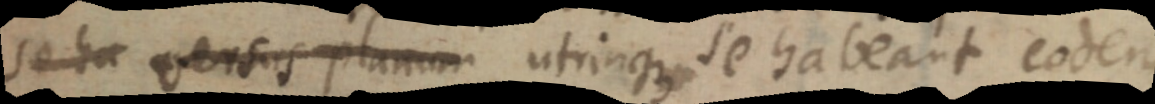
se ha versus planum utrinque se habeant eodem